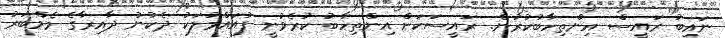
ނައިބު ރައީސް އިންތިހާބުކުރުން. ރައީސަކަށް އިންތިހާބު ކުރެވުނީ ފުއައްމުލަކު ދެކުނު ދާއިރާގެ މެމްބަރު